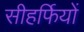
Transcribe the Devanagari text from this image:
सीहर्फियों